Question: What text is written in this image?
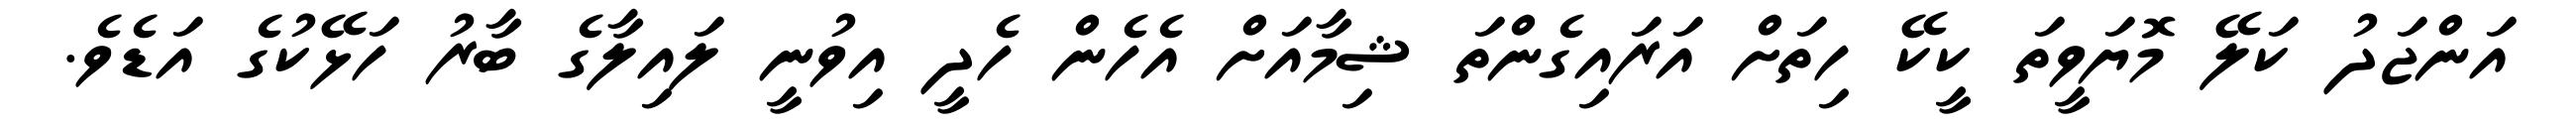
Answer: އަންޖަދު ކަލޭ މޮޔަވީތަ ކީކޭ ހިތަށް އަރައިގެންތަ ޝިމާއަށް އެހެން ހެދީ އިވުނީ ލައިލާގެ ބާރު ހަޅޭކުގެ އަޑެވެ.